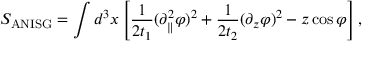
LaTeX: S _ { \mathrm { A N I S G } } = \int d ^ { 3 } x \left[ \frac { 1 } { 2 t _ { 1 } } ( \partial _ { \parallel } ^ { 2 } \varphi ) ^ { 2 } + \frac { 1 } { 2 t _ { 2 } } ( \partial _ { z } \varphi ) ^ { 2 } - z \cos \varphi \right] ,